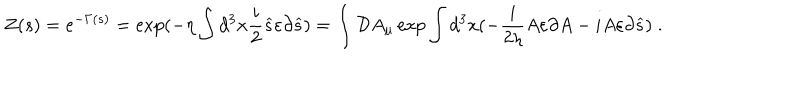
LaTeX: Z ( s ) = e ^ { - \Gamma ( s ) } = \exp ( - \eta \int d ^ { 3 } x \frac i 2 \widehat { s } \varepsilon \partial \widehat { s } ) = \int { \cal D } A _ { \mu } \exp \int d ^ { 3 } x ( - \frac i { 2 \eta } A \varepsilon \partial A - i A \varepsilon \partial \widehat { s } ) \; .